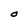
Character: O